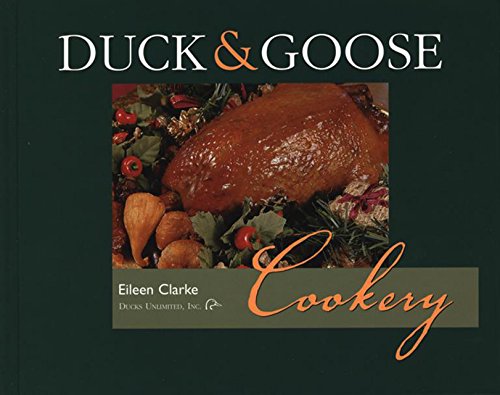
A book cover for Duck & Goose Cookery; Eileen Clarke; Cookbooks, Food & Wine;